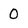
Character: 0